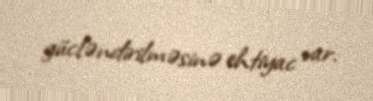
gücləndirilməsinə ehtiyac var.